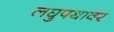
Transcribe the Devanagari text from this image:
लघुपथावर